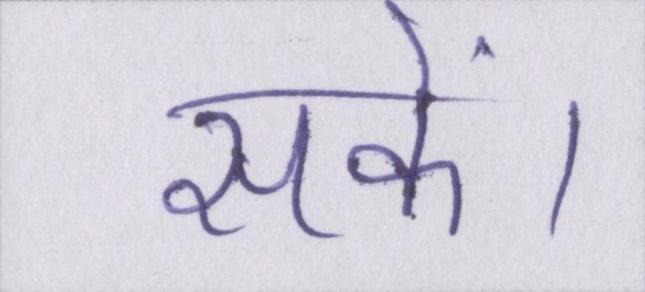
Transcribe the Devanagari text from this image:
सकें।